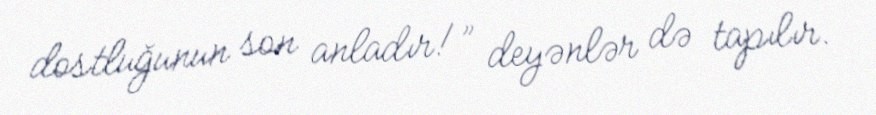
dostluğunun son anladır!” deyənlər də tapılır.